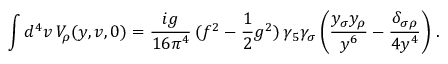
\int d ^ { 4 } v \, V _ { \rho } ( y , v , 0 ) = \frac { i g } { 1 6 \pi ^ { 4 } } \, ( f ^ { 2 } - \frac { 1 } { 2 } g ^ { 2 } ) \, \gamma _ { 5 } \gamma _ { \sigma } \left( \frac { y _ { \sigma } y _ { \rho } } { y ^ { 6 } } - \frac { \delta _ { \sigma \rho } } { 4 y ^ { 4 } } \right) \, .